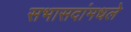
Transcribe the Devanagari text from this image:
सभासदांमधले